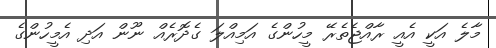
މާލެ އަކީ އެއީ ރާއްޖެތެރޭ މީހުންގެ އަމިއްލަ ގެދޮރެއް ނޫން އަަދި އެމީހުންގެ